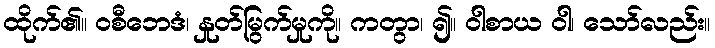
ထိုက်၏။ ဝစီဘေဒံ၊ နှုတ်မြွက်မှုကို။ ကတွာ၊ ၍။ ဝါစာယ ဝါ၊ သော်လည်း။